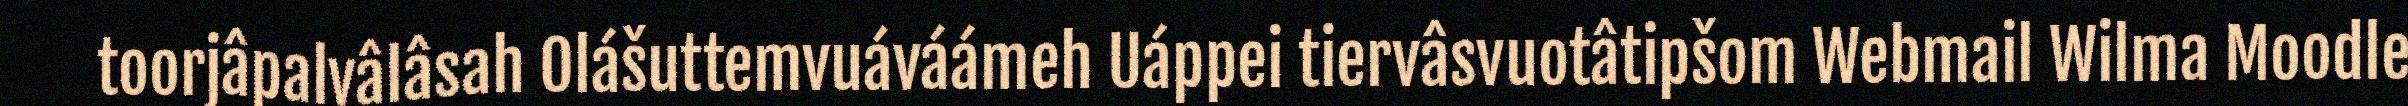
toorjâpalvâlâsah Olášuttemvuáváámeh Uáppei tiervâsvuotâtipšom Webmail Wilma Moodle